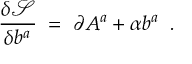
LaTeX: \frac { \delta \mathcal { S } } { \delta b ^ { a } } \; = \; \partial A ^ { a } + \alpha b ^ { a } \; \; .